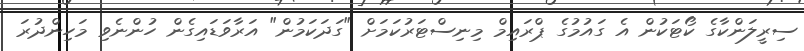
ސިރީލަންކާގެ ކޯޓަކުން އެ ގައުމުގެ ޕްރައިމް މިނިސްޓަރުކަމަށް "ގަދަކަމުން" އަރާވަޑައިގެން ހުންނެވި މަހިންދުރަ